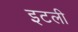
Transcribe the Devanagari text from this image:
इटली